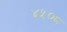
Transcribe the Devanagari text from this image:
४५०८